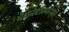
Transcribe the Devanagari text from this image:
मैगनेटोस्फीयर